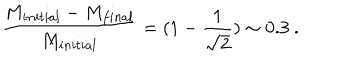
{ \frac { M _ { i n i t i a l } - M _ { f i n a l } } { M _ { i n i t i a l } } } = ( 1 - { \frac { 1 } { \sqrt { 2 } } } ) \sim 0 . 3 \ .